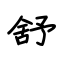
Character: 舒